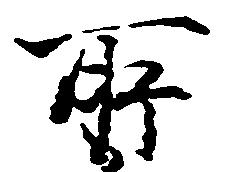
所